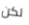
لكن